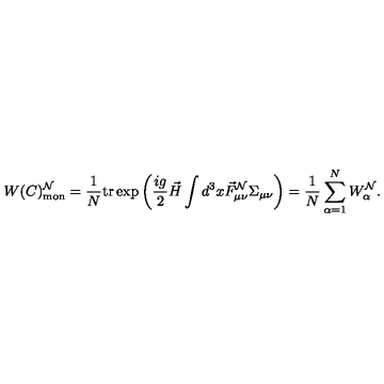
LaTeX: W ( C ) _ { \mathrm { m o n } } ^ { \cal N } = \frac { 1 } { N } { } \mathrm { t r } { } \exp \left( \frac { i g } { 2 } \vec { H } \int d ^ { 3 } x \vec { F } _ { \mu \nu } ^ { \cal N } \Sigma _ { \mu \nu } \right) = \frac { 1 } { N } \sum _ { \alpha = 1 } ^ { N } W _ { \alpha } ^ { \cal N } .